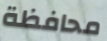
محافظة